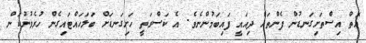
އޮތް އިސްތަށިގަނޑުން ފެންތައް ދިއައީ ފައިބަމުންނެވެ. އެ ކަސްރަތީ ހަށިގަނޑަށް ބަލަހައްޓައިގެން ހުރެވުނުކަން